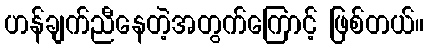
ဟန်ချက်ညီနေတဲ့အတွက်ကြောင့် ဖြစ်တယ်။